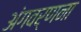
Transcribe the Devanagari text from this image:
अंगवर्णना